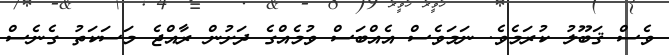
ވެސް ޤަބޫލު ކުރަމެވެ. ނަމަވެސް އެއްބަސް ވުމެއްގެ ދަށުން ރާއްޖެ މަސަކަތު ގެނެސް